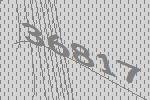
36817